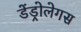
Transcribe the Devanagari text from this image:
डेंड्रोलेगस